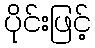
ပိုင်းဖြင့်